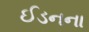
ઈડનના